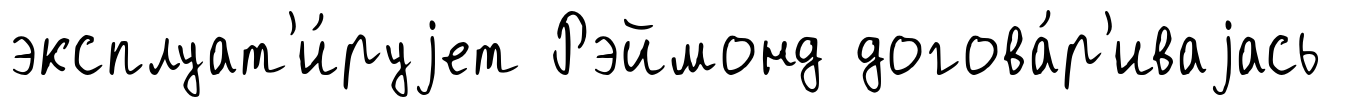
эксплуат'и́руjет Рэймонд догова́р'иваjась